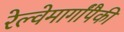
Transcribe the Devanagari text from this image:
रेल्वेमार्गांपैकी